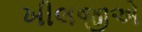
ખીલજીએ